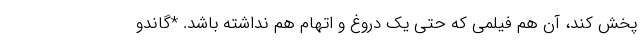
پخش کند، آن هم فیلمی که حتی یک دروغ و اتهام هم نداشته باشد. *گاندو